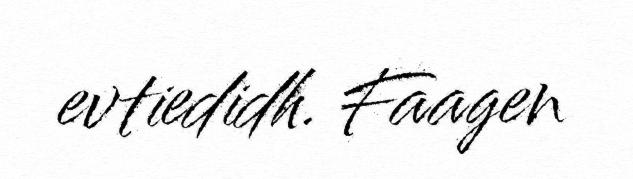
evtiedidh. Faagen